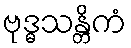
ဗုဒ္ဓသန္တိကံ